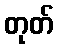
တုတ်